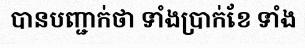
បានបញ្ជាក់ថា ទាំងប្រាក់ខែ ទាំង